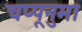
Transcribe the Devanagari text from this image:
चप्पूनुमा